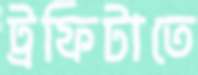
ট্রফিটাতে